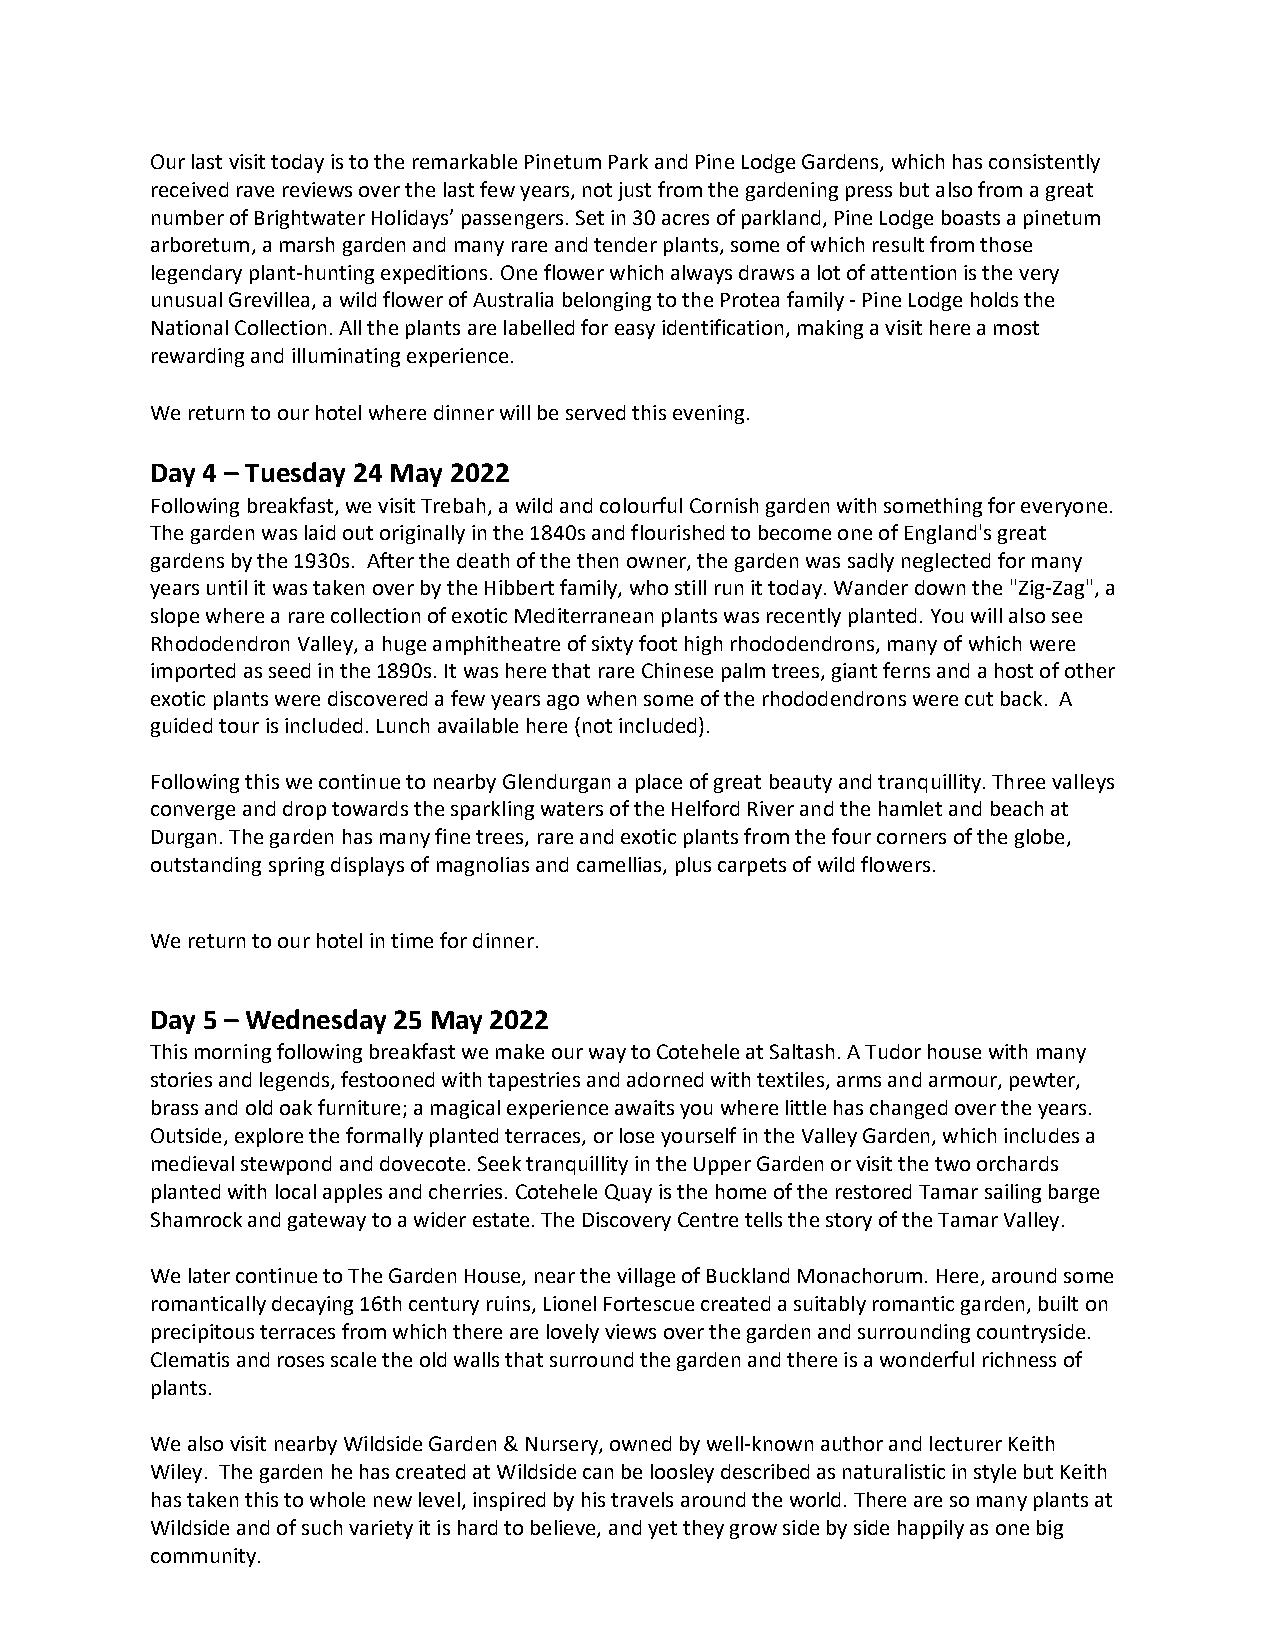
Our last visit today is to the remarkable Pinetum Park and Pine Lodge Gardens, which has consistently
 received rave reviews over the last few years, not just from the gardening press but also from a great
 number of Brightwater Holidays’ passengers. Set in 30 acres of parkland, Pine Lodge boasts a pinetum
 arboretum, a marsh garden and many rare and tender plants, some of which result from those
 legendary plant-hunting expeditions. One flower which always draws a lot of attention is the very
 unusual Grevillea, a wild flower of Australia belonging to the Protea family - Pine Lodge holds the
 National Collection. All the plants are labelled for easy identification, making a visit here a most
 rewarding and illuminating experience.
 We return to our hotel where dinner will be served this evening.
 Day 4 – Tuesday 24 May 2022
 Following breakfast, we visit Trebah, a wild and colourful Cornish garden with something for everyone.
 The garden was laid out originally in the 1840s and flourished to become one of England's great
 gardens by the 1930s. After the death of the then owner, the garden was sadly neglected for many
 years until it was taken over by the Hibbert family, who still run it today. Wander down the "Zig-Zag", a
 slope where a rare collection of exotic Mediterranean plants was recently planted. You will also see
 Rhododendron Valley, a huge amphitheatre of sixty foot high rhododendrons, many of which were
 imported as seed in the 1890s. It was here that rare Chinese palm trees, giant ferns and a host of other
 exotic plants were discovered a few years ago when some of the rhododendrons were cut back. A
 guided tour is included. Lunch available here (not included).
 Following this we continue to nearby Glendurgan a place of great beauty and tranquillity. Three valleys
 converge and drop towards the sparkling waters of the Helford River and the hamlet and beach at
 Durgan. The garden has many fine trees, rare and exotic plants from the four corners of the globe,
 outstanding spring displays of magnolias and camellias, plus carpets of wild flowers.
 We return to our hotel in time for dinner.
 Day 5 – Wednesday 25 May 2022
 This morning following breakfast we make our way to Cotehele at Saltash. A Tudor house with many
 stories and legends, festooned with tapestries and adorned with textiles, arms and armour, pewter,
 brass and old oak furniture; a magical experience awaits you where little has changed over the years.
 Outside, explore the formally planted terraces, or lose yourself in the Valley Garden, which includes a
 medieval stewpond and dovecote. Seek tranquillity in the Upper Garden or visit the two orchards
 planted with local apples and cherries. Cotehele Quay is the home of the restored Tamar sailing barge
 Shamrock and gateway to a wider estate. The Discovery Centre tells the story of the Tamar Valley.
 We later continue to The Garden House, near the village of Buckland Monachorum. Here, around some
 romantically decaying 16th century ruins, Lionel Fortescue created a suitably romantic garden, built on
 precipitous terraces from which there are lovely views over the garden and surrounding countryside.
 Clematis and roses scale the old walls that surround the garden and there is a wonderful richness of
 plants.
 We also visit nearby Wildside Garden & Nursery, owned by well-known author and lecturer Keith
 Wiley. The garden he has created at Wildside can be loosley described as naturalistic in style but Keith
 has taken this to whole new level, inspired by his travels around the world. There are so many plants at
 Wildside and of such variety it is hard to believe, and yet they grow side by side happily as one big
 community.